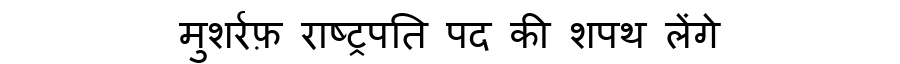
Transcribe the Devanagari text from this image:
मुशर्रफ़ राष्ट्रपति पद की शपथ लेंगे